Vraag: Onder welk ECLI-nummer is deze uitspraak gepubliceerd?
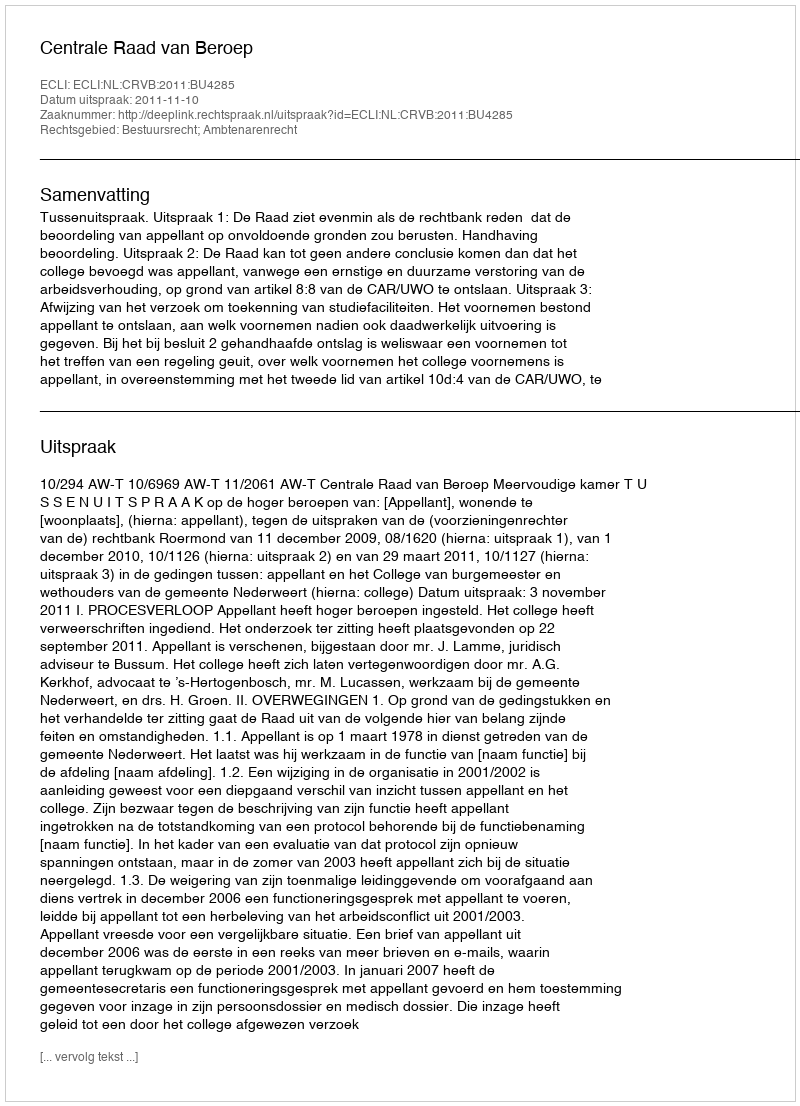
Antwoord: ECLI:NL:CRVB:2011:BU4285